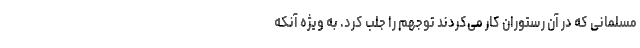
مسلمانی که در آن رستوران کار می‌کردند توجهم را جلب کرد. به ویژه آنکه